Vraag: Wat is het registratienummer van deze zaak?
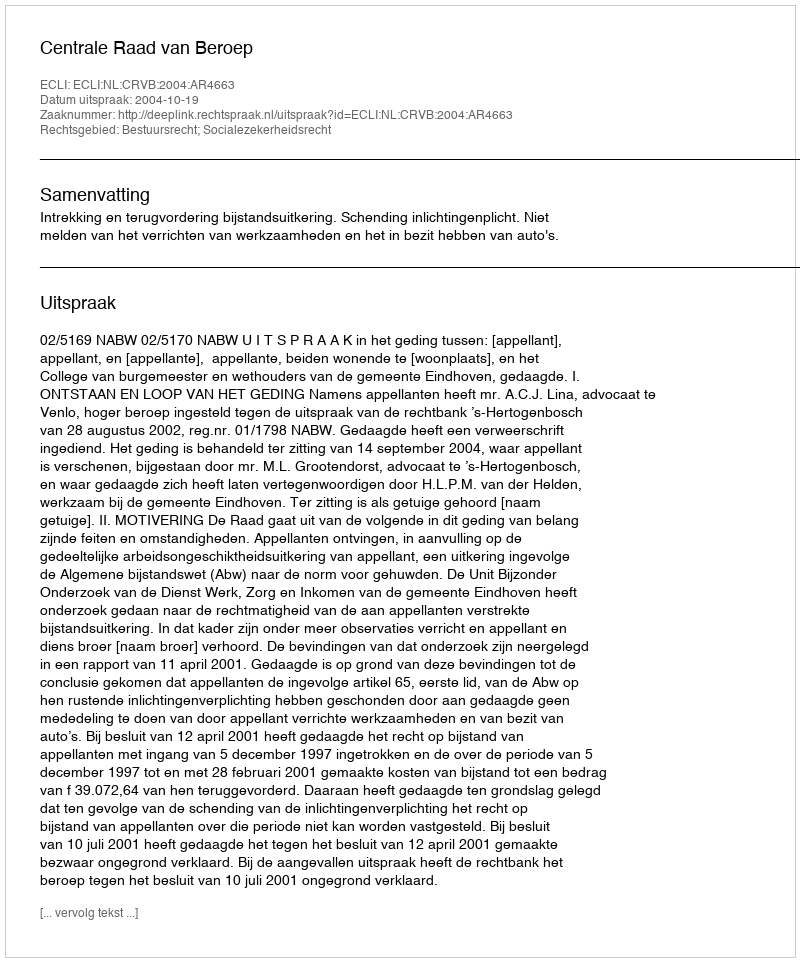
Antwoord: http://deeplink.rechtspraak.nl/uitspraak?id=ECLI:NL:CRVB:2004:AR4663